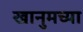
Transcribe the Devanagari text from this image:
खानुमच्या